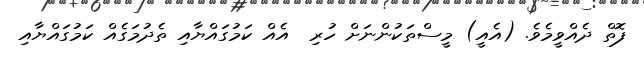
ފޮތް ދެއްވީމެވެ. (އެއީ) މީސްތަކުންނަށް ހުރި  އެއް ކަމުގައްޔާއި ތެދުމަގެއް ކަމުގައްޔާއި